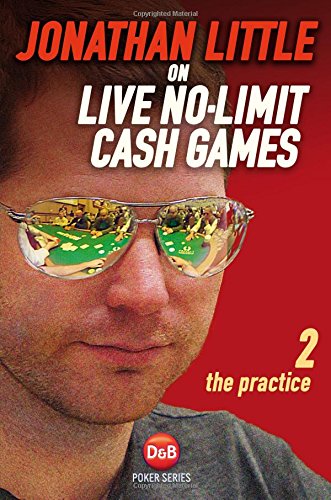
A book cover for Jonathan Little on Live No-Limit Cash Games: The Practice (D&B Poker Series) (Volume 2); Jonathan Little; Humor & Entertainment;